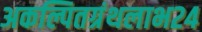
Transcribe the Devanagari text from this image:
अकल्पितग्रंथलाभ२४